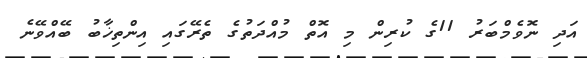
އަދި ނޮވެމްބަރު 11ގެ ކުރިން މި އޮތް މުއްދަތުގެ ތެރޭގައި އިންތިޚާބު ބޭއްވޭނެ